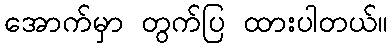
အောက်မှာ တွက်ပြ ထားပါတယ်။